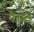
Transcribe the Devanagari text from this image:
ऐनड्रयू